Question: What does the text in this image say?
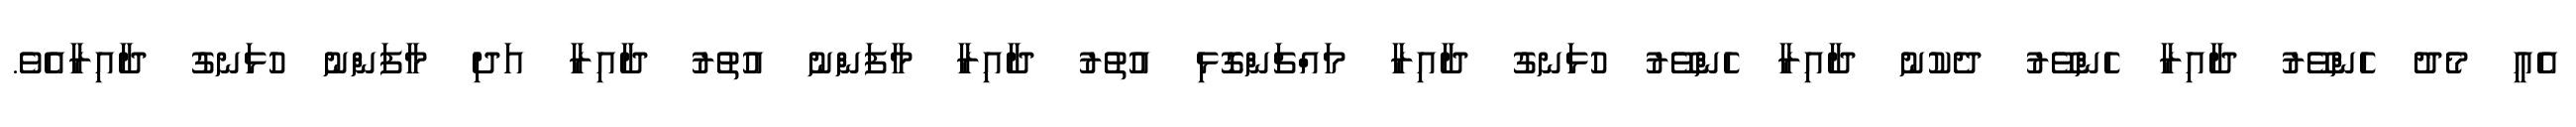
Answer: އެއީ މެދު ހެންވޭރު ދާއިރާ ހެންވޭރު ދެކުނު ދާއިރާ ހެންވޭރު ހުޅަނގު ދާއިރާ މައްޗަންގޮޅި އުތުރު ދާއިރާ މާފަންނު އުތުރު ދާއިރާ އަދި މާފަންނު ހުޅަނގު ދާއިރާއެވެ.